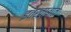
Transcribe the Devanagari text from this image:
इतख़ाबात